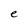
Character: e